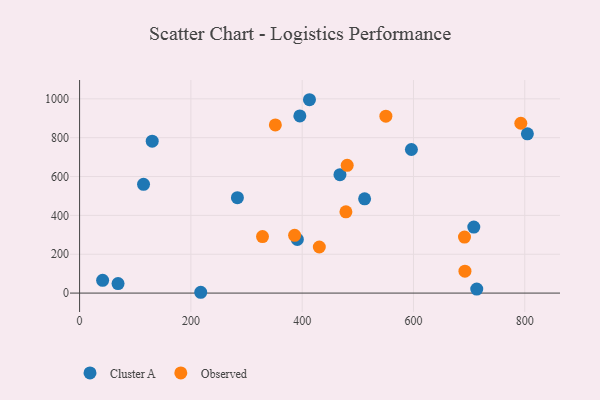
{"axis": {"x": "Ad Spend", "y": "Rating"}, "legend": ["Cluster A", "Observed"], "data": [{"x": "114.9", "y": 559.8, "type": "Cluster A"}, {"x": "217.7", "y": 4.2, "type": "Cluster A"}, {"x": "130.5", "y": 782.1, "type": "Cluster A"}, {"x": "41.4", "y": 65.5, "type": "Cluster A"}, {"x": "512.2", "y": 485.3, "type": "Cluster A"}, {"x": "467.9", "y": 609.5, "type": "Cluster A"}, {"x": "391.3", "y": 276.5, "type": "Cluster A"}, {"x": "596.3", "y": 739.3, "type": "Cluster A"}, {"x": "413.1", "y": 995.5, "type": "Cluster A"}, {"x": "69.1", "y": 49.2, "type": "Cluster A"}, {"x": "713.7", "y": 20.7, "type": "Cluster A"}, {"x": "708.4", "y": 339.8, "type": "Cluster A"}, {"x": "395.8", "y": 912.0, "type": "Cluster A"}, {"x": "804.7", "y": 819.9, "type": "Cluster A"}, {"x": "283.6", "y": 491.3, "type": "Cluster A"}, {"x": "480.9", "y": 657.8, "type": "Observed"}, {"x": "430.8", "y": 237.3, "type": "Observed"}, {"x": "550.4", "y": 910.9, "type": "Observed"}, {"x": "478.6", "y": 418.6, "type": "Observed"}, {"x": "351.8", "y": 866.0, "type": "Observed"}, {"x": "691.7", "y": 288.4, "type": "Observed"}, {"x": "328.7", "y": 290.9, "type": "Observed"}, {"x": "792.9", "y": 874.5, "type": "Observed"}, {"x": "692.5", "y": 112.8, "type": "Observed"}, {"x": "386.4", "y": 297.3, "type": "Observed"}]}